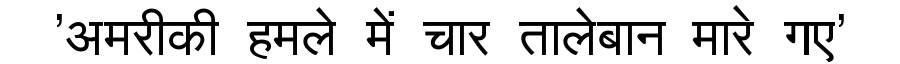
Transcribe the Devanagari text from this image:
'अमरीकी हमले में चार तालेबान मारे गए'